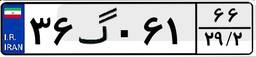
۳۶گ۰۶۱۶۶